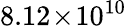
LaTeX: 8.12\! \times\! 10^{10}